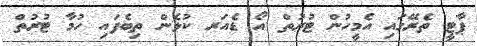
ޕާޓީ ތެރޭގައި އެމީހުން ޓުރުތް އޯ ޑެއަރ ކުޅެން ތިބެފައި ހުމާ ޓުރުތް